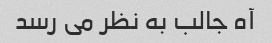
آه جالب به نظر می رسد